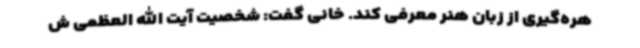
هره‌گیری از زبان هنر معرفی کند. خانی گفت: شخصیت آیت الله العظمی ش